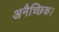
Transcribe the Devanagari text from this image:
अनैच्छिक।